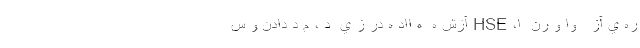
ره ي آز   وا و رن  ا، HSE آزش ه  ه ااد ه در ز ي  د ، م د دادن و س